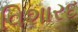
વિશારદ